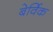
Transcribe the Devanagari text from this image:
बेर्विक